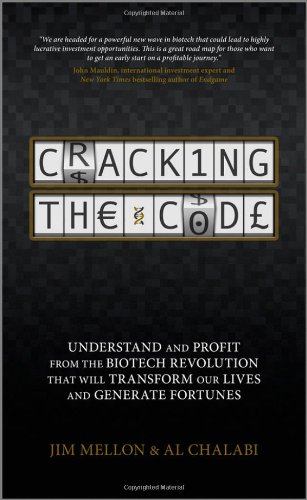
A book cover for Cracking the Code: Understand and Profit from the Biotech Revolution That Will Transform Our Lives and Generate Fortunes; Jim Mellon; Business & Money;